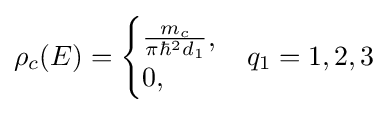
\rho _{c}(E)={\begin{cases}{m_{c} \over \pi \hbar ^{2}d_{1}},\\0,\end{cases}}q_{1}=1,2,3